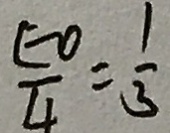
\frac { E O } { 4 } = \frac { 1 } { 3 }